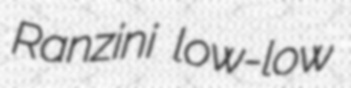
Ranzini low-low